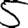
Digit: 5